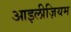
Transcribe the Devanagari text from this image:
आइलीज़ियम